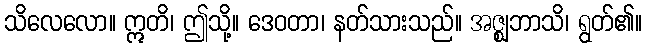
သိလေလော။ ဣတိ၊ ဤသို့။ ဒေဝတာ၊ နတ်သားသည်။ အဇ္ဈဘာသိ၊ ရွတ်၏။